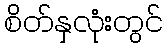
စိတ်နှလုံးတွင်